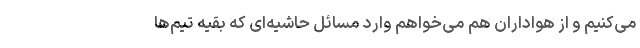
می‌کنیم و از هواداران هم می‌خواهم وارد مسائل حاشیه‌ای که بقیه تیم‌ها